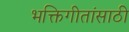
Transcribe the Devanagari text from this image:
भक्तिगीतांसाठी